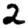
Digit: 2